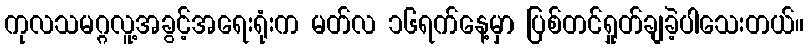
ကုလသမဂ္ဂလူ့အခွင့်အရေးရုံးက မတ်လ ၁၆ရက်နေ့မှာ ပြစ်တင်ရှုတ်ချခဲ့ပါသေးတယ်။